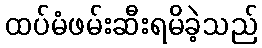
ထပ်မံဖမ်းဆီးရမိခဲ့သည်